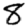
Digit: 8